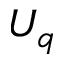
U _ { q }